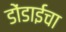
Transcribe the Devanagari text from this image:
डोंडाईचा